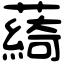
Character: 𦿟